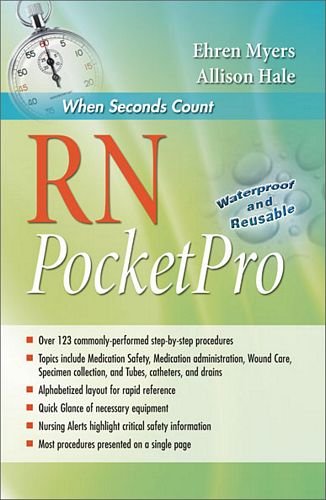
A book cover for RN PocketPro: Clinical Procedure Guide; Ehren Myers RN; Medical Books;